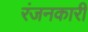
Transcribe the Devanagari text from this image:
रंजनकारी